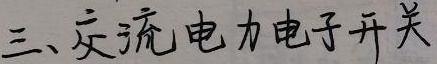
三、交流电力电子开关